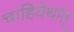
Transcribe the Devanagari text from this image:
चाहियेर्थात्